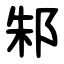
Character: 邾